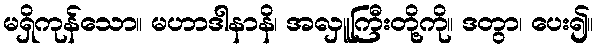
မရှိကုန်သော။ မဟာဒါနာနိ၊ အလှူကြီးတို့ကို။ ဒတွာ၊ ပေး၍။